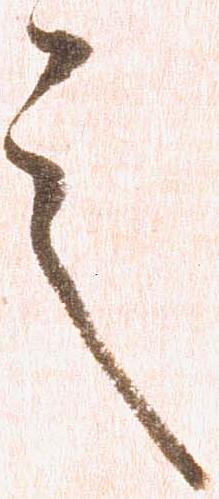
之